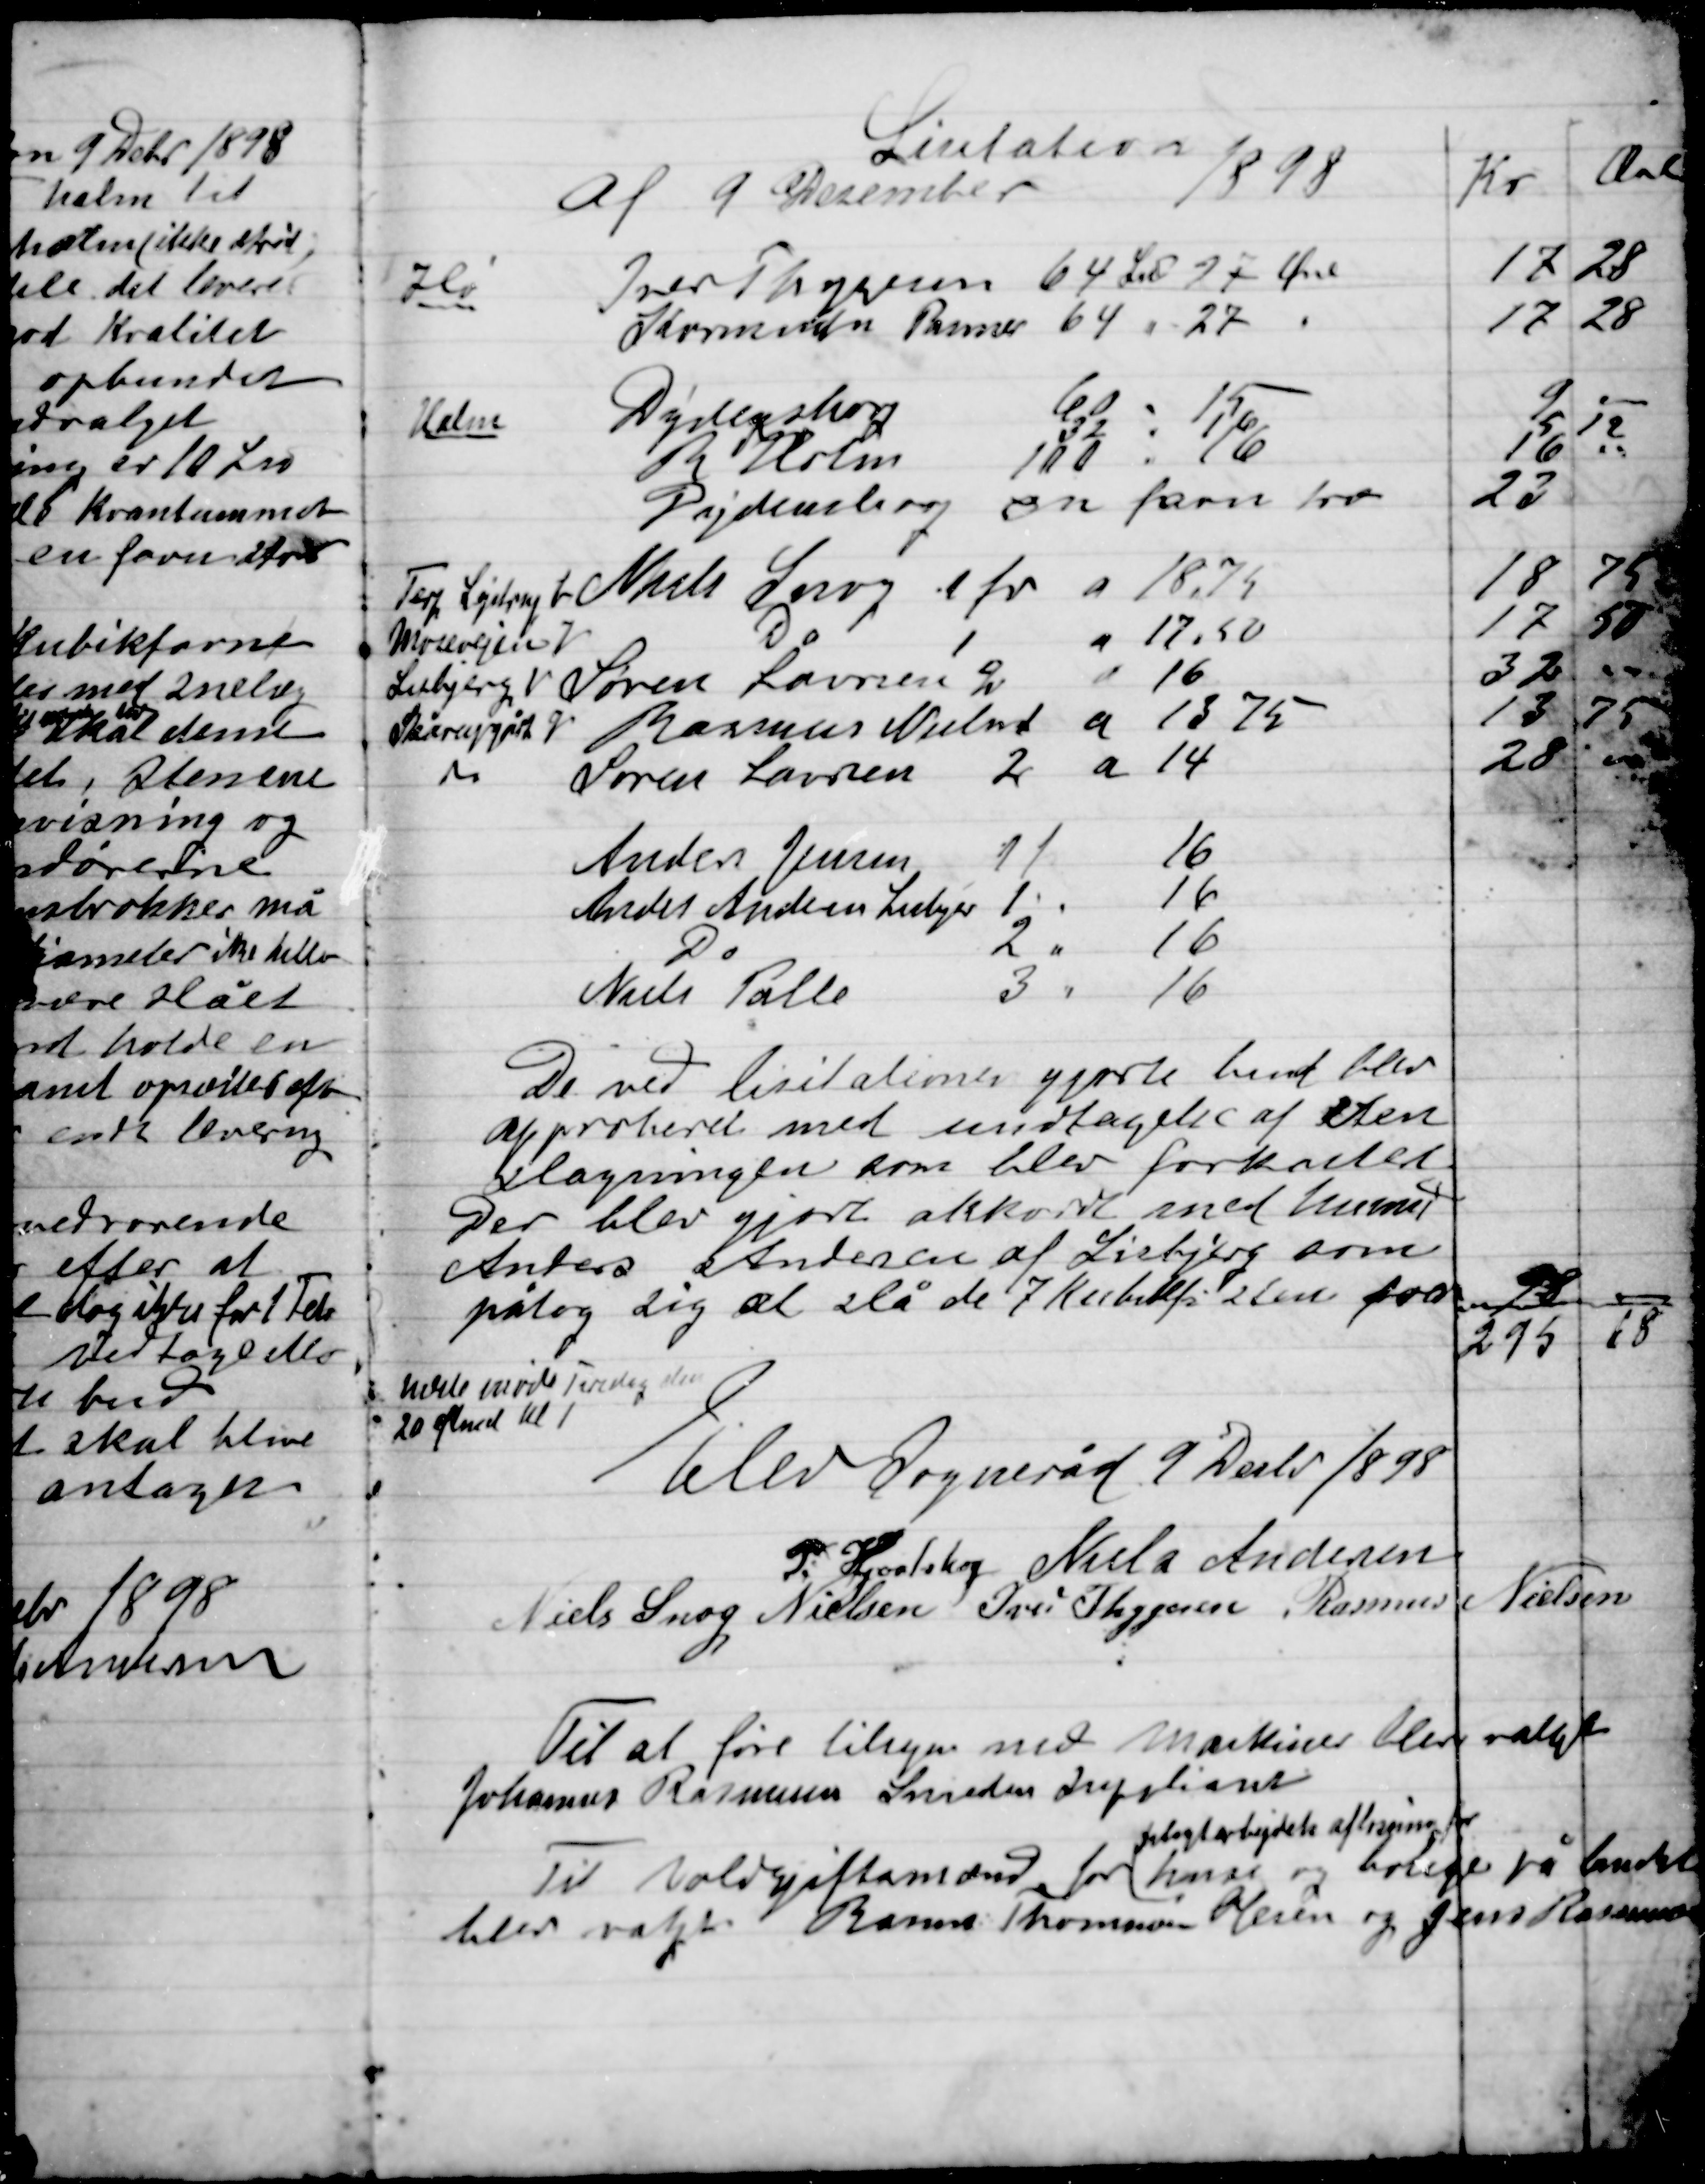
Transskription:
De ved licitationen gjorte bud blev
approberet med undtagelse af sten
slagningen som blev forkastet
Der blev gjort akkordt med hermed
Anders Andersen af Lisbjerg som
påtog sig at slå 7 Kubikfv Sten for 98
-
295
18

Holdt møde Tirsdag den
20 eftermd. Kl. 1

Elev Sogneråd 9 Decbr. 1898

P. Hjortshøj
Niels Andersen
Niels Snog Nielsen
Ivar Thygesen
Rasmus Nielsen

Til at føre tilsyn med maskiner blev valgt

Johannes Rasmussen Smeden Irysliane

Til Voldgiftsmænd for  
pligtarbejdets afløsning for
huse og boliger på landet
blev valgt Rasmus Thomassen Mesin og Jens Rasmussen